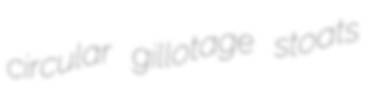
circular gillotage stoats